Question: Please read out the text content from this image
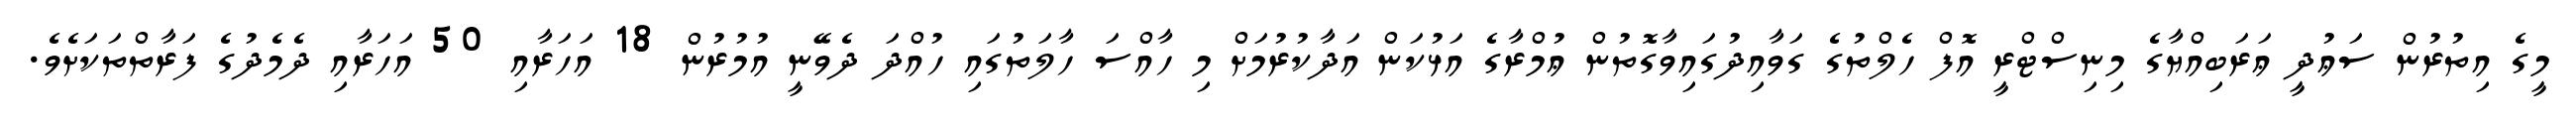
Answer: މީގެ އިތުރުން ސަޢުދީ ޢަރަބިއްޔާގެ މިނިސްޓްރީ އޮފް ހެލްތުގެ ގަވާއިދުގައިވާގޮތުން ޢުމްރާގެ އަޅުކަން އަދާކުރުމަށް މި ހާއްސަ ހާލަތުގައި ހުއްދަ ދެވޭނީ އުމުރުން 18 އަހަރާއި 50 އަހަރާއި ދެމެދުގެ ފަރާތްތަކަށެވެ.